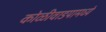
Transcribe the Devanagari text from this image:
कोळीवाडयामध्ये